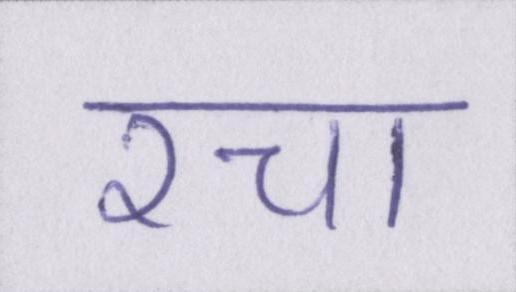
रचा